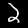
Digit: 2